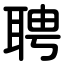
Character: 聘